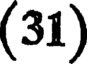
(31)